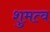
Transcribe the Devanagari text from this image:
शुमत्व